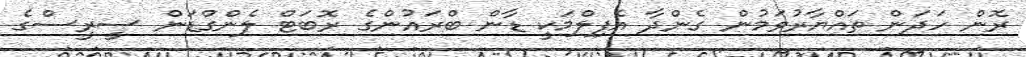
ރޮން ހަދަން ތައްޔާރުވަމުން ގެންދާ އެފިލްމަކީ ޑާން ބްރައުންގެ ރޮބަޓް ލެންގްޑަން ސީރީސްގެ